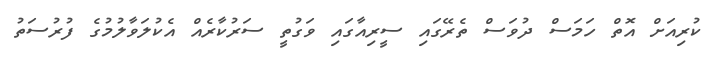
ކުރިއަށް އޮތް ހަމަސް ދުވަސް ތެރޭގައި ސީރިއާގައި ވަގުތީ ސަރުކާރެއް އެކުލަވާލުމުގެ ފުރުސަތު